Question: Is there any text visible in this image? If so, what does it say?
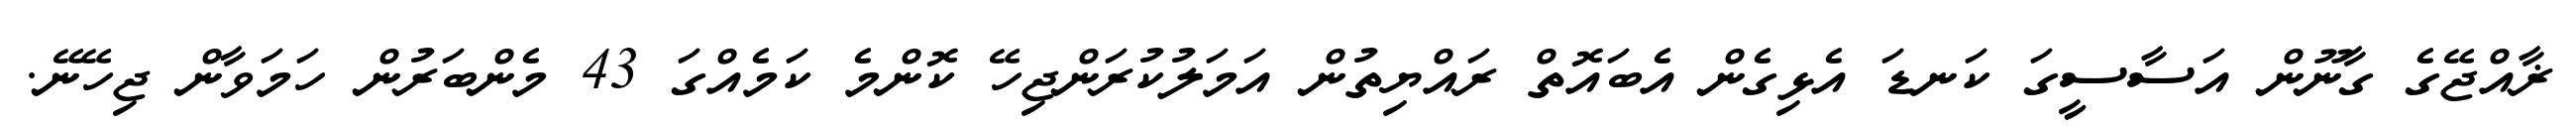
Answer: ޜާއްޖޭގެ ގާނޫން އަސާސީގަ ކަނޑަ އެޅިގެން އެބައޮތް ރައްޔިތުން އަމަލުކުރަންޖިހޭ ކޮންމެ ކަމެއްގަ 43 މެންބަރުން ހަމަވާން ޖިހޭނޭ.